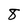
Character: 8